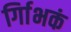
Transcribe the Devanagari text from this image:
र्गािभकं